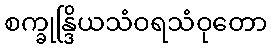
စက္ခုန္ဒြိယသံဝရသံဝုတော